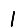
Digit: 1